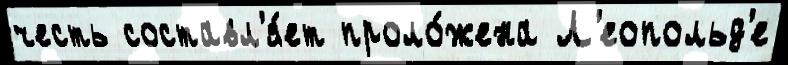
честь составл'я́ет проло́жена Л'еопольд'е